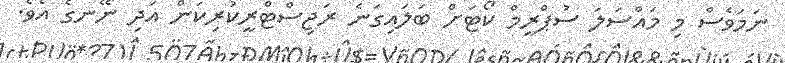
ނަމަވެސް މި މައްސަލަ ސުޕްރީމް ކޯޓަށް ބަލައިގަނެ ރަޖިސްޓްރީކުރިކަން އަދި ނޭނގެ އެވެ.